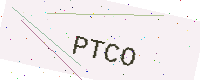
Text: PTCO